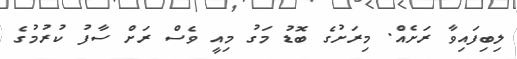
ލިބިފައިވާ ރަށެއް. މިރަށުގެ ބޮޑު މަގު މިއީ ވެސް ރަށް ސާފު ކުރުމުގެ